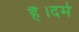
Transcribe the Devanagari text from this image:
है।दमे